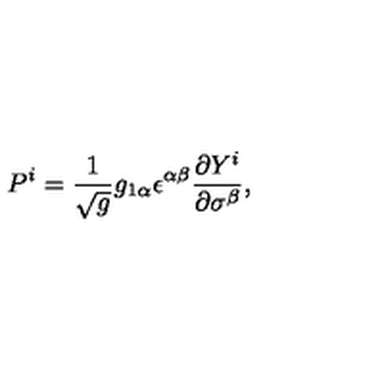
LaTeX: P ^ { i } = \frac { 1 } { \sqrt { g } } g _ { 1 \alpha } \epsilon ^ { \alpha \beta } \frac { \partial Y ^ { i } } { \partial \sigma ^ { \beta } } ,